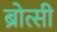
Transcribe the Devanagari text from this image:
ब्रोत्सी